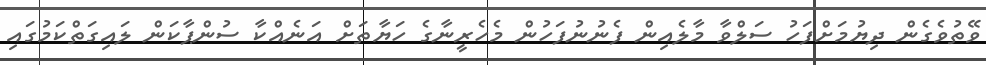
ވޭތުވެގެން ދިޔުމަށްފަހު ސަލްވާ މާލެއިން ފެނުނުފަހުން މެހެރީނާގެ ހަޔާތަށް އަނެއްކާ ސުންޕާކަން ލައިގަތްކަމުގައި